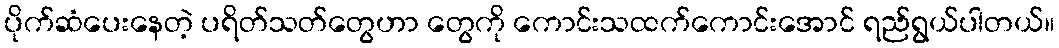
ပိုက်ဆံပေးနေတဲ့ ပရိတ်သတ်တွေဟာ တွေကို ကောင်းသထက်ကောင်းအောင် ရည်ရွယ်ပါတယ်။